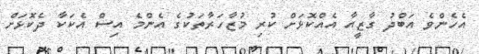
އެހެންވެ އަބްދު ގާޒީއާ އެއްކޮޅަށް ކުރި މުޒާހަރާތަކުގެ އެންމެ އިސް އެކަކާ ދެކޮޅަށް